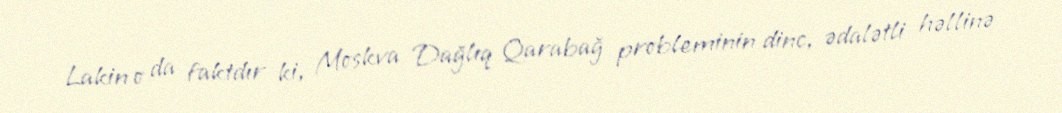
Lakin o da faktdır ki, Moskva Dağlıq Qarabağ probleminin dinc, ədalətli həllinə